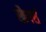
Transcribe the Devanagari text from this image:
स्क्रैपर्स